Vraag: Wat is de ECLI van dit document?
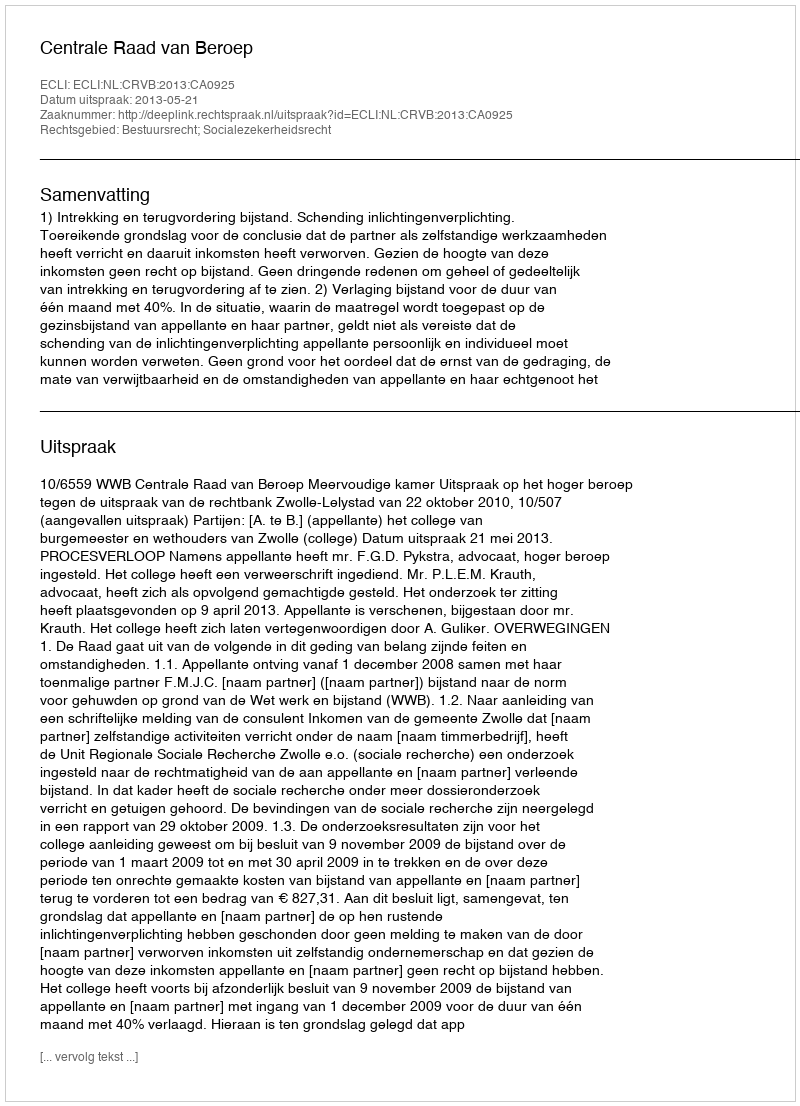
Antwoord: ECLI:NL:CRVB:2013:CA0925